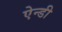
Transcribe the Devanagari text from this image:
ऐन्डी